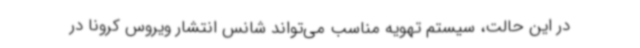
در این حالت، سیستم تهویه مناسب می‌تواند شانس انتشار ویروس کرونا در